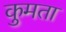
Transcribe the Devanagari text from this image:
कुमता